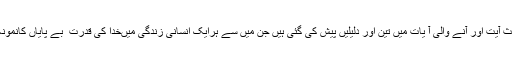
زیربحث آیت اور آنے والی آ یات میں تین اور دلیلیں پیش کی گئی ہیں جن میں سے ہرایک انسانی زندگی میںخُدا کی قُدرت ِ بے پایاں کانمونہ ہے ۔